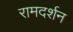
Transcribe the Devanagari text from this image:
रामदर्शन